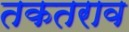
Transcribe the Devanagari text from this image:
तकतराव